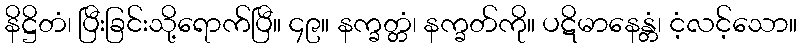
နိဋ္ဌိတံ၊ ပြီးခြင်းသို့ရောက်ပြီ။ ၄၉။ နက္ခတ္တံ၊ နက္ခတ်ကို။ ပဋိမာနေန္တံ၊ ငံ့လင့်သော။